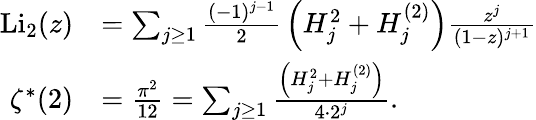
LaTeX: {\begin{array}{rl}{{\mathrm{Li}}_{2}(z)}&{=\sum_{j\geq 1}{\frac{(-1)^{j-1}}{2}}\left(H_{j}^{2}+H_{j}^{(2)}\right){\frac{z^{j}}{(1-z)^{j+1}}}}\\ {\zeta^{\ast}(2)}&{={\frac{\pi^{2}}{12}}=\sum_{j\geq 1}{\frac{\left(H_{j}^{2}+H_{j}^{(2)}\right)}{4\cdot 2^{j}}}.}\end{array}}